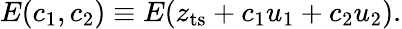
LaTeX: E(c_{1},c_{2})\equiv E(z_{\mathrm{ts}}+c_{1}u_{1}+c_{2}u_{2}).